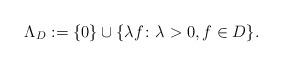
LaTeX: \begin{align*} \Lambda_{D} := \{ 0\} \cup \{ \lambda f\colon \lambda > 0, f \in D \}.\end{align*}